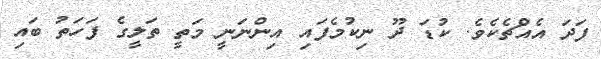
ފަދަ އެއްޗެކެވެ. ކުޑަ ދޫ ނިކުމެފައި އިންނަނީ މަތީ ތަލީގެ ފަހަތު ބައި